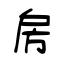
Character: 房